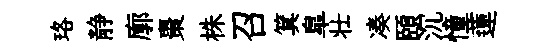
珞静廓棗株召箕臯壮凑頤沉憧蓮